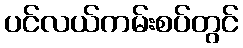
ပင်လယ်ကမ်းစပ်တွင်